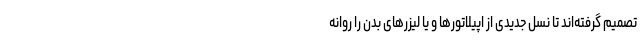
تصمیم گرفته‌اند تا نسل جدیدی از اپیلاتورها و یا لیزرهای بدن را روانه